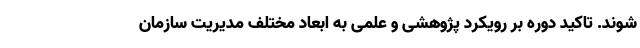
شوند. تاکید دوره بر رویکرد پژوهشی و علمی به ابعاد مختلف مدیریت سازمان